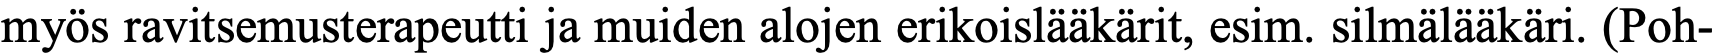
myös ravitsemusterapeutti ja muiden alojen erikoislääkärit, esim. silmälääkäri. (Poh-